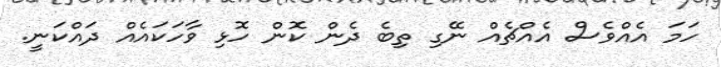
ހަމަ އެއްވެސް އެއްޗެއް ނޭގި ތިބެ ދެން ކޮން ހޮޅި ވާހަކައެއް ދައްކަނީ.